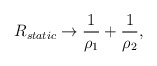
\begin{align*}R_{static}\rightarrow\frac{1}{\rho_1}+\frac{1}{\rho_2},\end{align*}